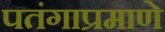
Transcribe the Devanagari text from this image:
पतंगाप्रमाणे